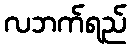
လဘက်ရည်